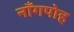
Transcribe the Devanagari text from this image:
नाँगपोह